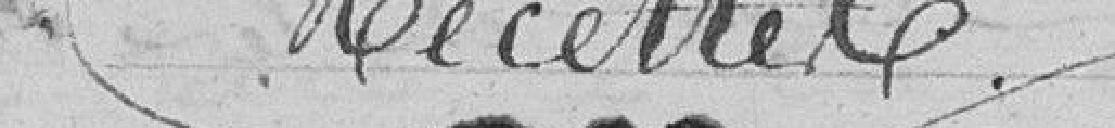
Recettes